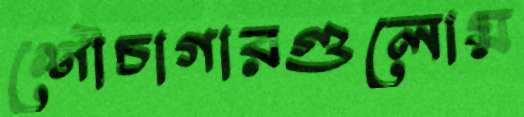
শৌচাগারগুলোয়